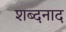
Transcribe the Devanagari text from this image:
शब्दनाद